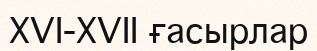
XVI-XVII ғасырлар